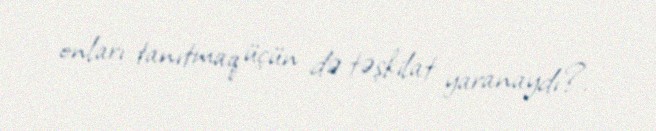
onları tanıtmaq üçün də təşkilat yaranaydı?.